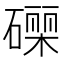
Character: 𮁄